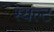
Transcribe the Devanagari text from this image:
स्यल्ट